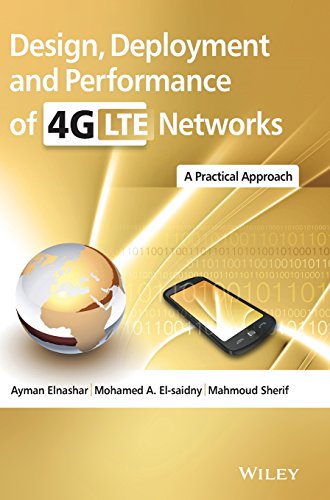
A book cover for Design, Deployment and Performance of 4G-LTE Networks: A Practical Approach; Ayman ElNashar; Crafts, Hobbies & Home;